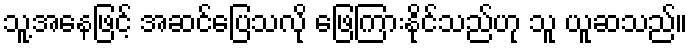
သူ့အနေဖြင့် အဆင်ပြေသလို ဖြေကြားနိုင်သည်ဟု သူ ယူဆသည်။